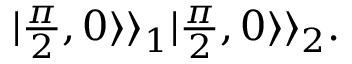
\begin{array} { r } { | \frac { \pi } { 2 } , 0 \rangle \rangle _ { 1 } | \frac { \pi } { 2 } , 0 \rangle \rangle _ { 2 } . } \end{array}